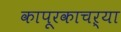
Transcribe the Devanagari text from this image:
कापूरकाचऱ्या